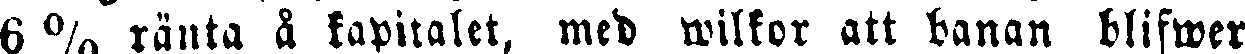
6 % ränta å kapitalet, med wilkor att banan blifwer